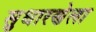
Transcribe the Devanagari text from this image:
सुधारणेला